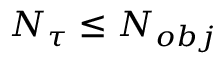
N _ { \tau } \le N _ { o b j }